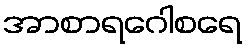
အာစာရဂေါစရေ